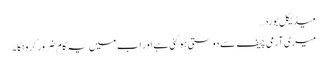
میڈیکل بورڈ…
میری آرمی چیف سے دوستی ہو گئی ہے اور اب میں یہ کام ضرور کرونگا۔